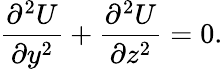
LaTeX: \frac{\partial^{2}U}{\partial y^{2}}+\frac{\partial^{2}U}{\partial z^{2}}=0.